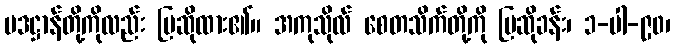
ပဒဋ္ဌာန်တို့ကိုလည်း ပြဆိုထား၏။ အကုသိုလ် စေတသိက်တို့ကို ပြဆိုခန်း၊ ၁-ပါ-၉၀၊